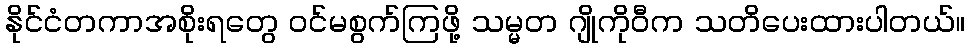
နိုင်ငံတကာအစိုးရတွေ ဝင်မစွက်ကြဖို့ သမ္မတ ဂျိုကိုဝီက သတိပေးထားပါတယ်။